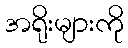
အရိုးများကို